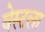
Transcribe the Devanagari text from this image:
वेस्टला